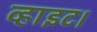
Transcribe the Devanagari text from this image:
व्हाइट।